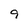
Character: 9